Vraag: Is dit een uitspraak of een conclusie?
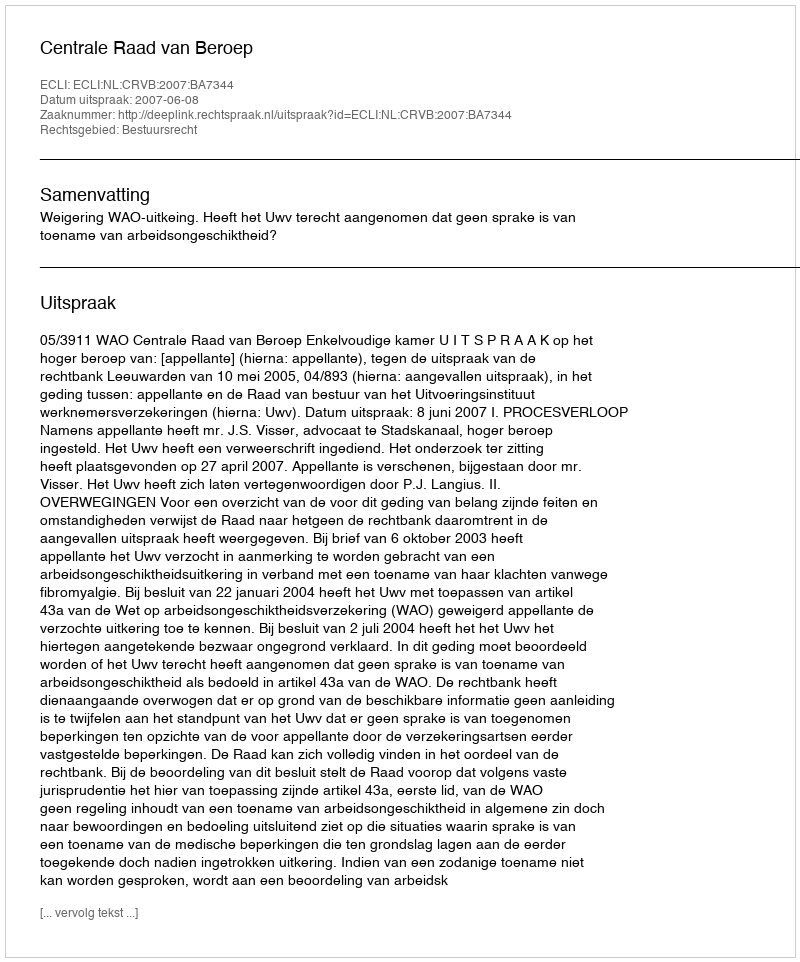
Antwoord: Uitspraak